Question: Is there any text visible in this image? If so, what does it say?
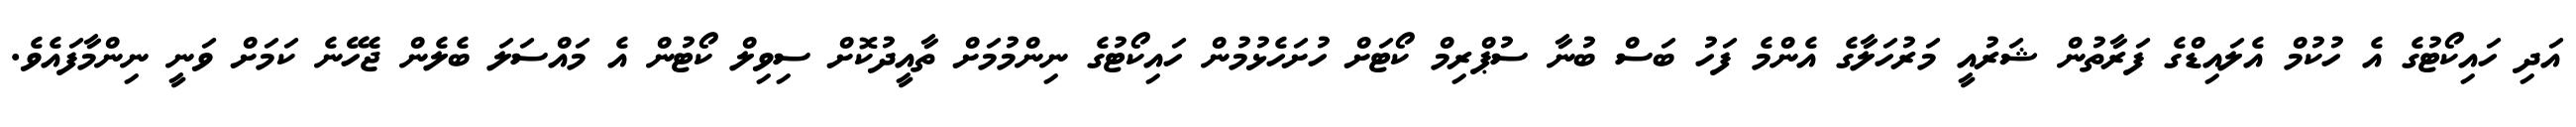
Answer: އަދި ހައިކޯޓުގެ އެ ހުކުމް އެލައިޑްގެ ފަރާތުން ޝަރުއީ މަރުހަލާގެ އެންމެ ފަހު ބަސް ބުނާ ސުޕްރިމް ކޯޓަށް ހުށަހެޅުމުން ހައިކޯޓުގެ ނިންމުމަށް ތާއީދުކޮށް ސިވިލް ކޯޓުން އެ މައްސަލަ ބެލެން ޖެހޭނެ ކަމަށް ވަނީ ނިންމާފައެވެ.